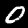
Digit: 0